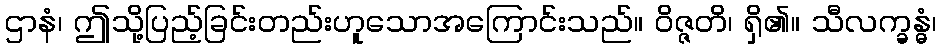
ဌာနံ၊ ဤသို့ပြည့်ခြင်းတည်းဟူသောအကြောင်းသည်။ ဝိဇ္ဇတိ၊ ရှိ၏။ သီလက္ခန္ဓံ၊